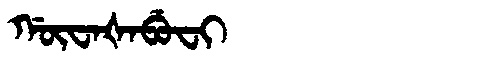
Manchu: ᡤᡡᠸᠠᡧᠠᠪᡠᠸᡳ
Romanization: GŪWAŠABUFI